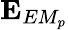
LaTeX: \mathbf{E}_{EM_{p}}